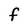
Character: F